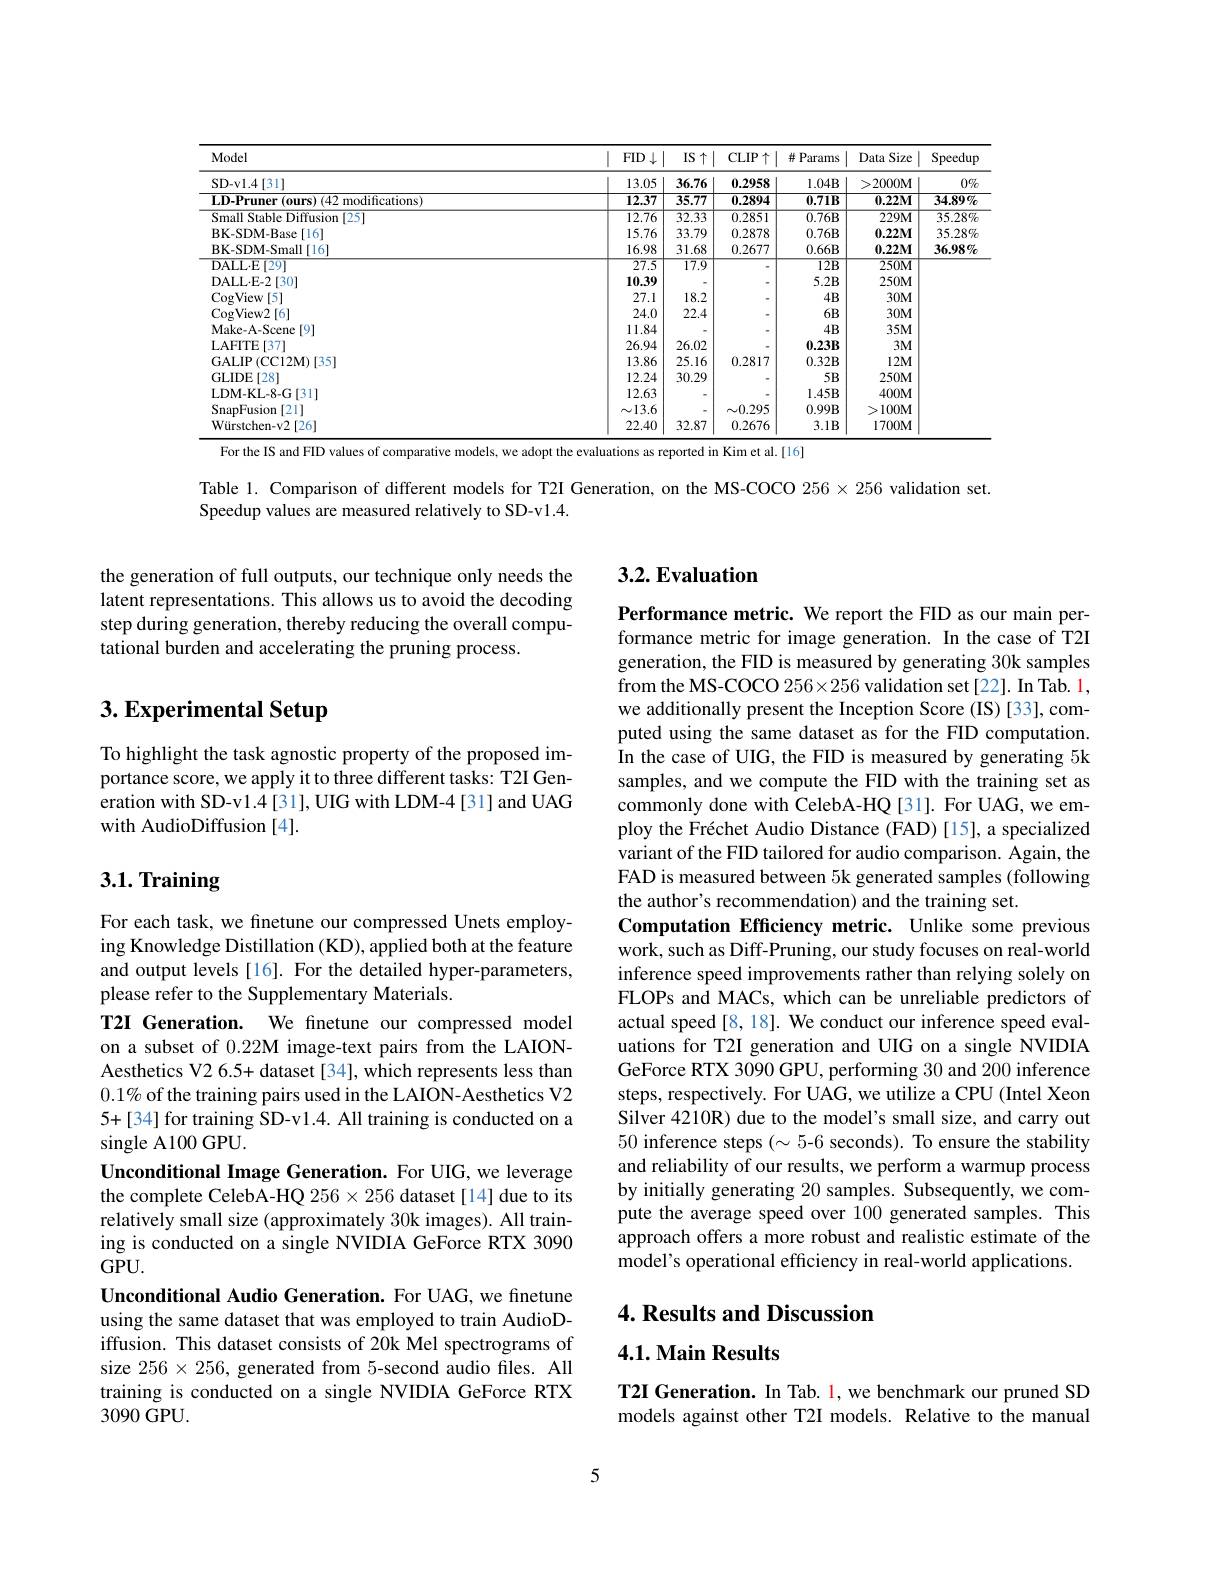
<table>
	<tbody>
		<tr>
			<th>Model</th>
			<th>$FID\downarrow$</th>
			<th>IS $\uparrow$</th>
			<th>CLIP$\uparrow$</th>
			<th>并 Params</th>
			<th>Size Data i</th>
			<th>Speedup</th>
		</tr>
		<tr>
			<td>SD-vl.4[31]</td>
			<td>13.05</td>
			<td>36.76</td>
			<td>0.2958</td>
			<td>$1.04B$</td>
			<td>2000M ></td>
			<td>$0\%$</td>
		</tr>
		<tr>
			<td>ifications</td>
			<td>12.37</td>
			<td>35.77</td>
			<td>0.2894</td>
			<td>$0.71B$</td>
			<td>$0.22M$</td>
			<td>$34.89\%$</td>
		</tr>
		<tr>
			<td>Smal Vfahl fffision 1251</td>
			<td>12.76</td>
			<td>$\overline{32.33}$</td>
			<td>0.2851</td>
			<td>$0.76B$</td>
			<td>$229M$</td>
			<td>$35.28\%$</td>
		</tr>
		<tr>
			<td>[16] I IM Kase</td>
			<td>15.76</td>
			<td>33.79</td>
			<td>0.2878</td>
			<td>$0.76B$</td>
			<td>$0.22M$</td>
			<td>$35.28\%$</td>
		</tr>
		<tr>
			<td>Small[16]</td>
			<td>16.98</td>
			<td>31.68</td>
			<td>0.2677</td>
			<td>$0.66B$</td>
			<td>$0.22M$</td>
			<td>$36.98\%$</td>
		</tr>
		<tr>
			<td>DALL·E[29]</td>
			<td>$\overline{27.5}$</td>
			<td>$\overline{17.9}$</td>
			<td> </td>
			<td>$\overline{12B}$</td>
			<td>$250M$</td>
			<td> </td>
		</tr>
		<tr>
			<td>DALL$\cdot$E- 2[30]</td>
			<td>10.39</td>
			<td> </td>
			<td> </td>
			<td>$5.2B$</td>
			<td>$250M$</td>
			<td> </td>
		</tr>
		<tr>
			<td>View [5] $^{\prime}$An</td>
			<td>27.1</td>
			<td>18.2</td>
			<td> </td>
			<td>$4B$</td>
			<td>$30M$</td>
			<td> </td>
		</tr>
		<tr>
			<td>$V_{\mathrm{iew}}2$ [6] ' oo</td>
			<td>24.0</td>
			<td>22.4</td>
			<td> </td>
			<td>$6B$</td>
			<td>$30M$</td>
			<td> </td>
		</tr>
		<tr>
			<td>scene [9]</td>
			<td>11.84</td>
			<td> </td>
			<td> </td>
			<td>$4B$</td>
			<td>$35M$</td>
			<td> </td>
		</tr>
		<tr>
			<td>1371 AFHE</td>
			<td>26.94</td>
			<td>26.02</td>
			<td> </td>
			<td>$0.23B$</td>
			<td>$3M$</td>
			<td> </td>
		</tr>
		<tr>
			<td>1351 $TTDM$</td>
			<td>13.86</td>
			<td>25.16</td>
			<td>0.2817</td>
			<td>$0.32B$</td>
			<td>$12M$</td>
			<td> </td>
		</tr>
		<tr>
			<td>GLIDF [28]</td>
			<td>12.24</td>
			<td>30.29</td>
			<td> </td>
			<td>$5B$</td>
			<td>$250M$</td>
			<td> </td>
		</tr>
		<tr>
			<td>[31] $1-K1-8-C$</td>
			<td>12.63</td>
			<td> </td>
			<td> </td>
			<td>$1.45B$</td>
			<td>$400M$</td>
			<td> </td>
		</tr>
		<tr>
			<td>[21] SnanHisiom</td>
			<td>$\sim13.6$</td>
			<td> </td>
			<td>$\sim0.295$</td>
			<td>$0.99B$</td>
			<td>$100M$</td>
			<td> </td>
		</tr>
		<tr>
			<td>2[26]</td>
			<td>22.40</td>
			<td>32.87</td>
			<td>0.2676</td>
			<td>$3.1B$</td>
			<td>$1700\mathbf{M}$</td>
			<td> </td>
		</tr>
	</tbody>
</table>
For the IS and FID values of comparative models, we adopt the evaluations as reported in Kim et al.[16]

Table 1. Comparison of different models for T2I Generation, on the MS-COCO $256\times256$ validation set.

Speedup values are measured relatively to SD-v1.4.

## 3.2. Evaluation

the generation of full outputs, our technique only needs the latent representations. This allows us to avoid the decoding step during generation, thereby reducing the overall computational burden and accelerating the pruning process.

# 3. Experimental Setup

To highlight the task agnostic property of the proposed importance score, we apply it to three different tasks: T2I Generation with SD-v1.4[31],UIG with LDM-4[31] and UAG with AudioDiffusion [4].

# 3.1. Training

Performance metric. We report the FID as our main performance metric for image generation. In the case of T2I generation, the FID is measured by generating 30k samples from the MS-COCO $256\times256$ validation set [22]. In Tab. 1, we additionally present the Inception Score (IS)[33],computed using the same dataset as for the FID computation. In the case of UIG, the FID is measured by generating 5k samples, and we compute the FID with the training set as commonly done with CelebA-HQ [31]. For UAG, we employ the Fréchet Audio Distance (FAD) [15], a specialized variant of the FID tailored for audio comparison. Again, the FAD is measured between 5k generated samples (following the author's recommendation) and the training set.
Computation Efficiency metric. Unlike some previous work, such as Diff-Pruning, our study focuses on real-world inference speed improvements rather than relying solely on FLOPs and MACs, which can be unreliable predictors of actual speed[8,18]. We conduct our inference speed evaluations for T2I generation and UIG on a single NVIDIA GeForce RTX 3090 GPU, performing 30 and 200 inference steps, respectively. For UAG, we utilize a CPU (Intel Xeon Silver 4210R) due to the model's small size, and carry out 50 inference steps ($\sim5$-6 seconds). To ensure the stability and reliability of our results, we perform a warmup process by initially generating 20 samples. Subsequently, we compute the average speed over 100 generated samples. This approach offers a more robust and realistic estimate of the model's operational efficiency in real-world applications.

For each task, we finetune our compressed Unets employing Knowledge Distillation (KD), applied both at the feature and output levels [16]. For the detailed hyper-parameters, please refer to the Supplementary Materials.
T2I Generation. We finetune our compressed model on a subset of 0.22M image-text pairs from the LAIONAesthetics V2 6.5+ dataset [34], which represents less than $0.1\%$ of the training pairs used in the LAION-Aesthetics V25+[34] for training SD-v1.4. All training is conducted on a $\operatorname{single}$ A100 GPU.
Unconditional Image Generation. For UIG, we leverage the complete CelebA-HQ 256×256 dataset[14] due to its relatively small size (approximately 30k images). All training is conducted on a single NVIDIA GeForce RTX 3090 $GPU.$
Unconditional Audio Generation. For UAG, we finetune using the same dataset that was employed to train AudioDiffusion. This dataset consists of 20k Mel spectrograms of size $256\times256$, generated from 5-second audio files. All training is conducted on a single NVIDIA GeForce RTX 3090GPU.

4. Results and Discussion

## 4.1. Main Results

T2I Generation. In Tab. l, we benchmark our pruned SD models against other T2I models. Relative to the manual

5